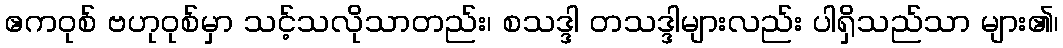
ဧကဝုစ် ဗဟုဝုစ်မှာ သင့်သလိုသာတည်း၊ စသဒ္ဒါ တသဒ္ဒါများလည်း ပါရှိသည်သာ များ၏၊